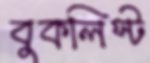
বুকলিস্ট